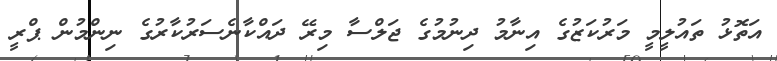
އަތޮޅު ތައުލީމީ މަރުކަޒުގެ އިނާމު ދިނުމުގެ ޖަލްސާ މިރޭ ދައްކާނެސަރުކާރުގެ ނިންމުން ޕްރީ